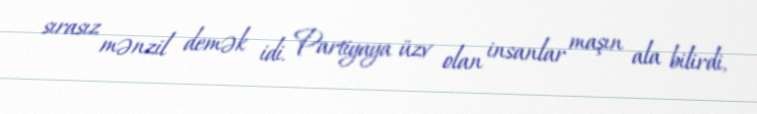
sırasız mənzil demək idi. Partiyaya üzv olan insanlar maşın ala bilirdi,